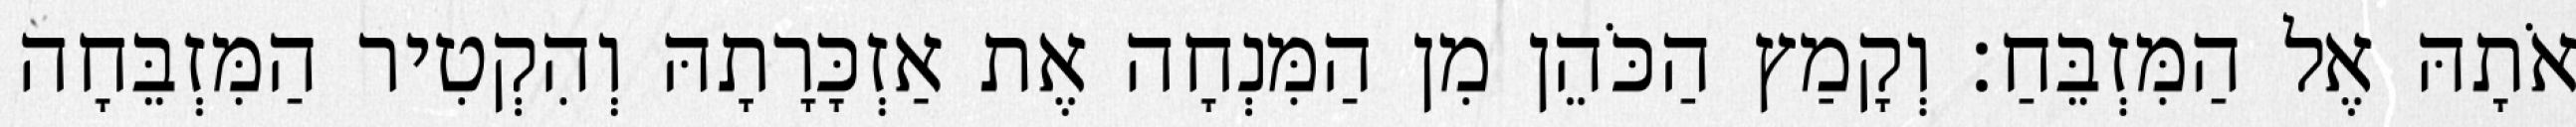
אֹתָהּ אֶל הַמִּזְבֵּחַ׃ וְקָמַץ הַכֹּהֵן מִן הַמִּנְחָה אֶת אַזְכָּרָתָהּ וְהִקְטִיר הַמִּזְבֵּחָה